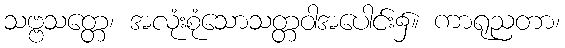
သဗ္ဗသတ္တေ၊ အလုံးစုံသောသတ္တဝါအပေါင်း၌။ ကာရုညတာ၊